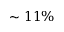
\sim 1 1 \%